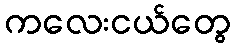
ကလေးငယ်တွေ